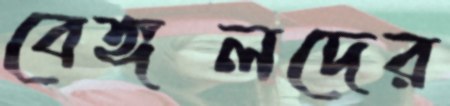
বেঙ্গলদের